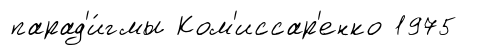
парад'и́гмы Ком'иссар'енко 1975